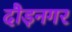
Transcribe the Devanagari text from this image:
दौड़नगर